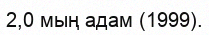
2,0 мың адам (1999).